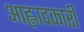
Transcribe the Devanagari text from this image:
आह्लादकारी